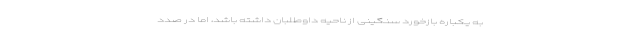
به یکباره بازخورد سنگینی از ناحیه داوطلبان داشته باشد، اما در صدد